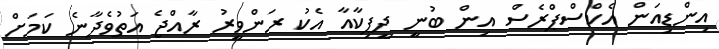
އިންޑިއަން އެކްސްޕްރެސް އިން ބުނީ ދީޕިކާއާ އެކު ރަންވީރު ރާއްޖެ އަތުވެދާނެ ކަމަށް